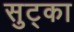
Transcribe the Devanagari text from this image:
सुट्का